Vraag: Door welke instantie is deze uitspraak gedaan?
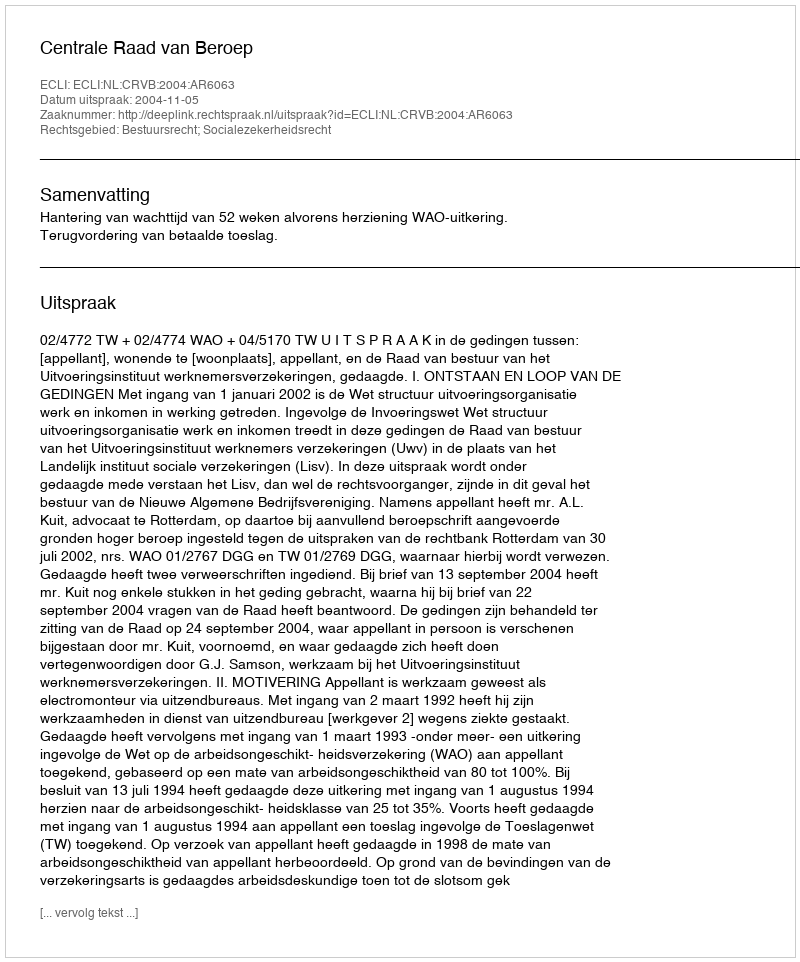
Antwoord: Centrale Raad van Beroep